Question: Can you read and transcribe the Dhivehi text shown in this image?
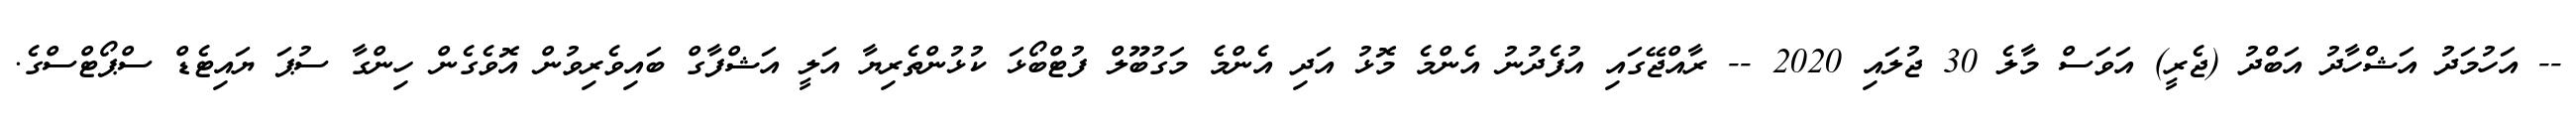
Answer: -- އަހުމަދު އަޝްހާދު އަބްދު (ޖެރީ) އަވަސް މާލެ 30 ޖުލައި 2020 -- ރާއްޖޭގައި އުފެދުނު އެންމެ މޮޅު އަދި އެންމެ މަގުބޫލް ފުޓްބޯޅަ ކުޅުންތެރިޔާ އަލީ އަޝްފާގް ބައިވެރިވުން އޮވެގެން ހިންގާ ސުޕަ ޔައިޓެޑް ސްޕޯޓްސްގެ.